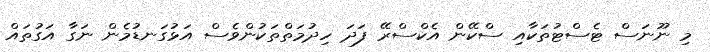
މި ނޫނަސް ޓެސްޓުތަކާއި ސްކޭން އެކްސްރޭ ފަދަ ހިދުމަތްތަކުންވެސް އަޅުގަނޑުމެން ނަގާ އަގުތައް